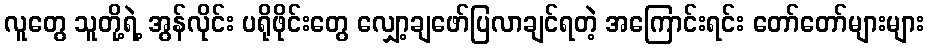
လူတွေ သူတို့ရဲ့ အွန်လိုင်း ပရိုဖိုင်းတွေ လျှော့ချဖော်ပြလာချင်ရတဲ့ အကြောင်းရင်း တော်တော်များများ